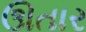
ઊતાર